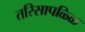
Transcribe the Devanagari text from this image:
तरिसापळ्ळि